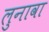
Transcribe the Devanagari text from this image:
लुनावा